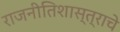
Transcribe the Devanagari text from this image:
राजनीतिशास्त्राचे